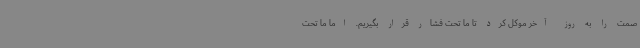
صمت را به روز آخر موکل کرد تا ما تحت فشار قرار بگیریم. اما ما تحت